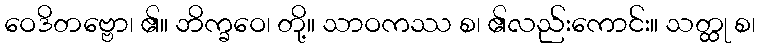
ဝေဒိတဗ္ဗော၊ ၏။ ဘိက္ခဝေ၊ တို့။ သာဝကဿ စ၊ ၏လည်းကောင်း။ သတ္ထု စ၊